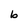
Character: b